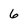
Character: 6